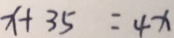
x + 3 5 = 4 x